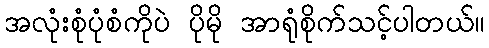
အလုံးစုံပုံစံကိုပဲ ပိုမို အာရုံစိုက်သင့်ပါတယ်။